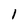
Character: 1